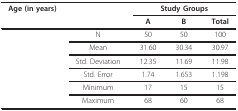
<table><thead><tr><td><b>Age (in years)</b></td><td></td><td colspan="3"><b>Study Groups</b></td></tr><tr><td></td><td></td><td><b>A</b></td><td><b>B</b></td><td><b>Total</b></td></tr></thead><tbody><tr><td></td><td>N</td><td>50</td><td>50</td><td>100</td></tr><tr><td></td><td>Mean</td><td>31.60</td><td>30.34</td><td>30.97</td></tr><tr><td></td><td>Std. Deviation</td><td>12.35</td><td>11.69</td><td>11.98</td></tr><tr><td></td><td>Std. Error</td><td>1.74</td><td>1.653</td><td>1.198</td></tr><tr><td></td><td>Minimum</td><td>17</td><td>15</td><td>15</td></tr><tr><td></td><td>Maximum</td><td>68</td><td>60</td><td>68</td></tr></tbody></table>